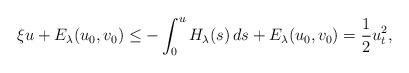
LaTeX: \begin{align*}\xi u + E_{\lambda}( u_{0}, v_{0} )\leq - \int_{0}^{u} H_{\lambda}(s) \, ds + E_{\lambda}( u_{0}, v_{0} )= \frac{1}{2} u_{t}^2,\end{align*}